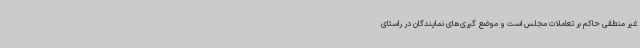
غیر منطقی حاکم بر تعاملات مجلس است و موضع گیری‌های نمایندگان در راستای